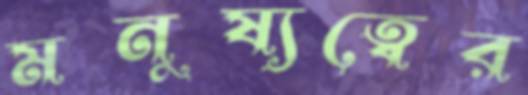
মনুষ্যত্বের